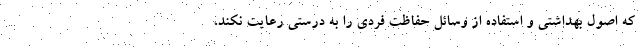
که اصول بهداشتی و استفاده از وسائل حفاظت فردی را به درستی رعایت نکند،